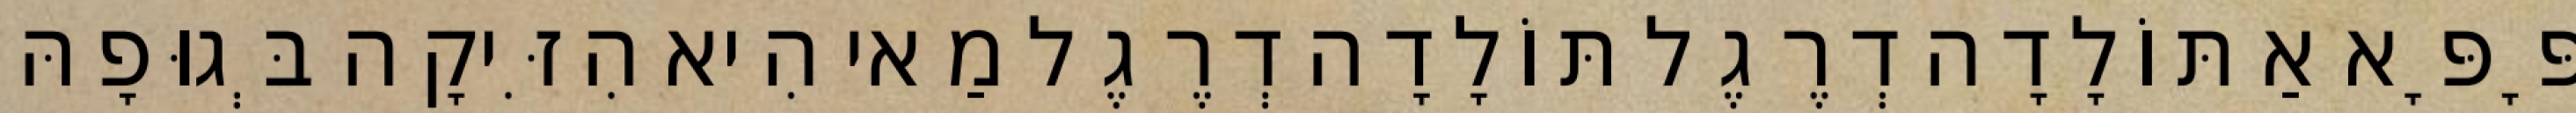
פָּפָּא אַתּוֹלָדָה דְרֶגֶל תּוֹלָדָה דְרֶגֶל מַאי הִיא הִזִּיקָה בְּגוּפָהּ